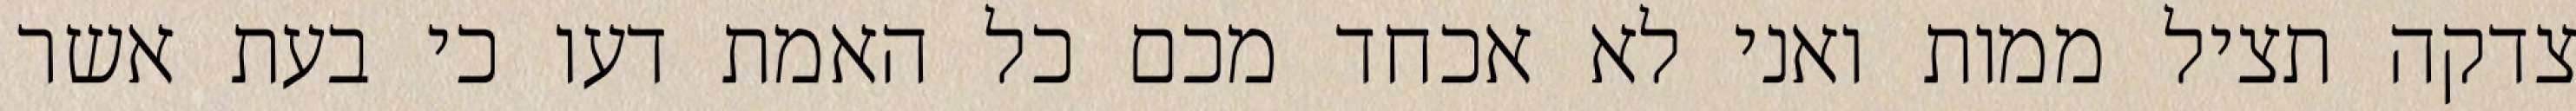
צדקה תציל ממות ואני לא אכחד מכם כל האמת דעו כי בעת אשר